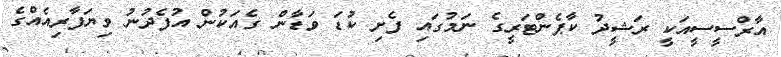
އާރްސީސީއަކީ ރަޝީދު ކާޕެންޓަރީގެ ނަމުގައި ފެށި ކުޑަ ވަޑާން ގެއަކުން އުފެދުނު ވިޔަފާރިއެއްގެ